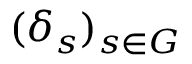
( \delta _ { s } ) _ { s \in G }